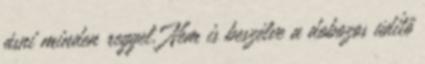
ásni minden reggel. Nem is beszélve a dobozos üdítő